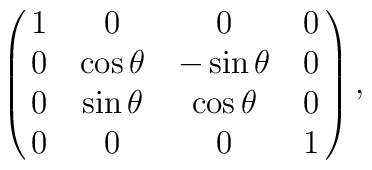
\pmatrix{1 & 0 & 0 & 0 \cr 0 & \cos\theta & -\sin\theta & 0 \cr0 & \sin\theta & \cos\theta & 0 \cr 0 & 0 & 0 & 1 } ,